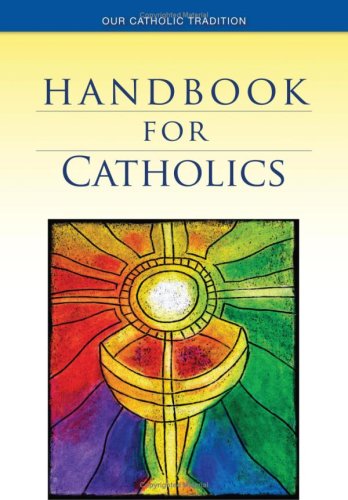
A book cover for Handbook for Catholics (Our Catholic Tradition); Mary Kathleen Glavich SND; Christian Books & Bibles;